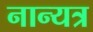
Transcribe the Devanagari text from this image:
नान्यत्र